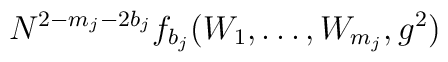
N^{2-m_j-2b_j}f_{b_j}(W_1,\ldots,W_{m_j},g^2)